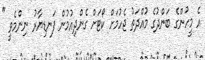
އެ މީހުންގެ ބަންދުގެ މުއްދަތު ޖެހުމަށް ކޯޓަށް ގެންދިއުމުން ފަނޑިޔާރު ނިންމެވީ "